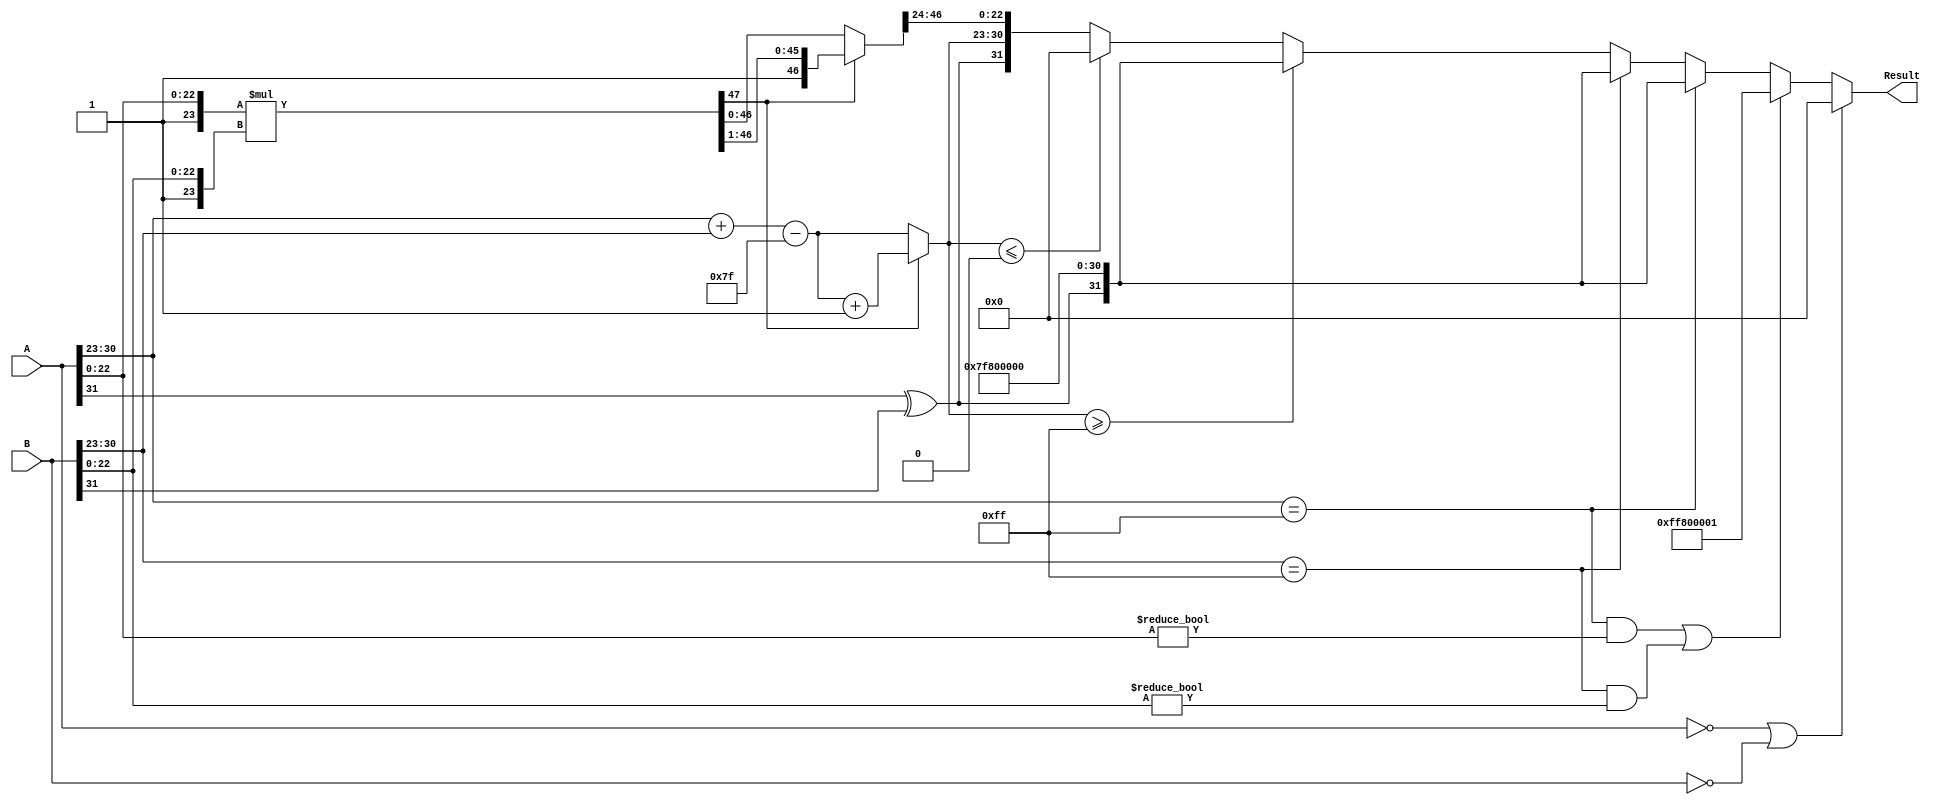
module floating_point_multiplier (
    input [31:0] A, // First floating-point operand
    input [31:0] B, // Second floating-point operand
    output reg [31:0] Result // Result of multiplication
);

    // Extract sign, exponent, and mantissa for A
    wire signA = A[31];
    wire [7:0] expA = A[30:23];
    wire [22:0] mantA = A[22:0];

    // Extract sign, exponent, and mantissa for B
    wire signB = B[31];
    wire [7:0] expB = B[30:23];
    wire [22:0] mantB = B[22:0];

    // Intermediate variables
    reg [7:0] expResult;
    reg [47:0] mantResult; // 23 + 23 + 1 for implicit leading 1
    reg signResult;

    // Special case handling
    always @(*) begin
        // Default values
        Result = 32'b0; // Default to zero
        signResult = signA ^ signB; // Sign of the result

        // Check for zero
        if ((A == 32'b0) || (B == 32'b0)) begin
            Result = 32'b0; // Result is zero
        end
        // Check for NaN
        else if ((A[30:23] == 8'hFF && A[22:0] != 23'b0) || (B[30:23] == 8'hFF && B[22:0] != 23'b0)) begin
            Result = {1'b1, 8'hFF, 23'b1}; // Result is NaN
        end
        // Check for infinity
        else if (A[30:23] == 8'hFF) begin
            Result = {signResult, 8'hFF, 23'b0}; // Result is infinity
        end
        else if (B[30:23] == 8'hFF) begin
            Result = {signResult, 8'hFF, 23'b0}; // Result is infinity
        end
        else begin
            // Normal case: Multiply mantissas and add exponents
            mantResult = {1'b1, mantA} * {1'b1, mantB}; // Add implicit leading 1
            expResult = expA + expB - 8'd127; // Add exponents and subtract bias

            // Check for normalization
            if (mantResult[47] == 1'b1) begin
                mantResult = mantResult >> 1; // Shift right
                expResult = expResult + 8'd1; // Increment exponent
            end

            // Check for overflow in exponent
            if (expResult >= 8'd255) begin
                Result = {signResult, 8'hFF, 23'b0}; // Result is infinity
            end
            else if (expResult <= 8'd0) begin
                Result = 32'b0; // Underflow to zero
            end
            else begin
                // Assemble the result
                Result = {signResult, expResult[7:0], mantResult[46:24]}; // Take the top 23 bits of mantissa
            end
        end
    end
endmodule